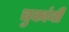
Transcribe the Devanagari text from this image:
चुकांनी